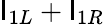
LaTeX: \mathsf{I}_{1L}+\mathsf{I}_{1R}